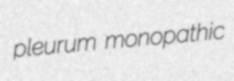
pleurum monopathic